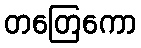
တတြေကော